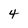
Character: 4